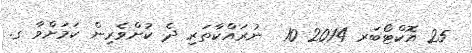
25 އޮކްޓޯބަރ 2014 10  ނުރައްކާތަރި ދެ ކުށްވެރިން ކަމަށްވާ ގ.